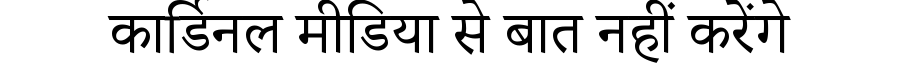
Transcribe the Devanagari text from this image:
कार्डिनल मीडिया से बात नहीं करेंगे